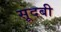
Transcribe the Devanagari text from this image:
सूदबी